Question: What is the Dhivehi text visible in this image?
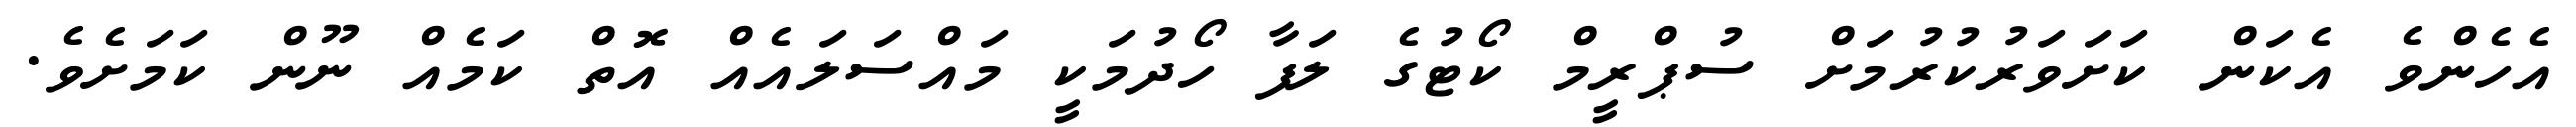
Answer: އެހެންވެ އެކަން ކަށަވަރުކުރުމަށް ސުޕްރީމް ކޯޓުގެ ލަފާ ހޯދުމަކީ މައްސަލައެއް އޮތް ކަމެއް ނޫން ކަމަށެވެ.